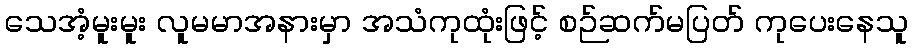
သေအံ့မူးမူး လူမမာအနားမှာ အသံကုထုံးဖြင့် စဉ်ဆက်မပြတ် ကုပေးနေသူ